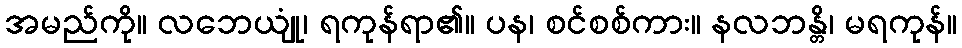
အမည်ကို။ လဘေယျုံ၊ ရကုန်ရာ၏။ ပန၊ စင်စစ်ကား။ နလဘန္တိ၊ မရကုန်။